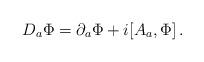
LaTeX: \begin{align*}D_a\Phi = \partial_a \Phi + i[A_a,\Phi] \, .\end{align*}